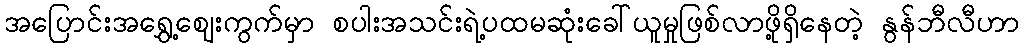
အပြောင်းအရွှေ့ဈေးကွက်မှာ စပါးအသင်းရဲ့ပထမဆုံးခေါ်ယူမှုဖြစ်လာဖို့ရှိနေတဲ့ နွန်ဘီလီဟာ